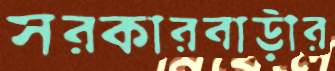
সরকারবাড়ীর